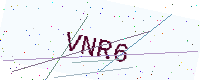
Text: VNR6